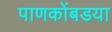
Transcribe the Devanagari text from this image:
पाणकोंबडया